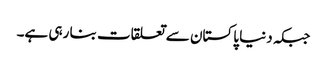
جبکہ دنیا پاکستان سے تعلقات بنا رہی ہے۔